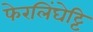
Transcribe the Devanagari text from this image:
फेरलिंघेट्टि